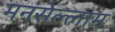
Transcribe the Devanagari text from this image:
मनसेल्लाम